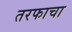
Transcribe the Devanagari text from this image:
तरफाचा